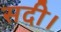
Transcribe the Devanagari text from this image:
सदी।